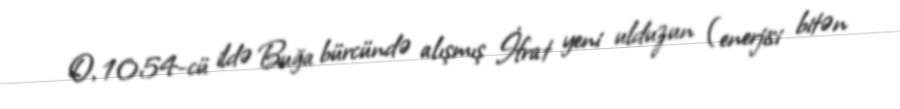
O, 1054-cü ildə Buğa bürcündə alışmış İfrat yeni ulduzun (enerjisi bitən